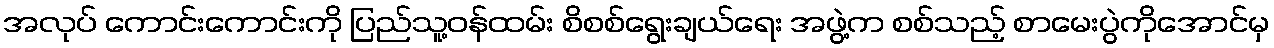
အလုပ် ကောင်းကောင်းကို ပြည်သူ့ဝန်ထမ်း စိစစ်ရွေးချယ်ရေး အဖွဲ့က စစ်သည့် စာမေးပွဲကိုအောင်မှ